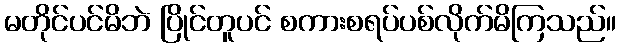
မတိုင်ပင်မိဘဲ ပြိုင်တူပင် စကားစရပ်ပစ်လိုက်မိကြသည်။